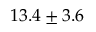
1 3 . 4 \pm 3 . 6